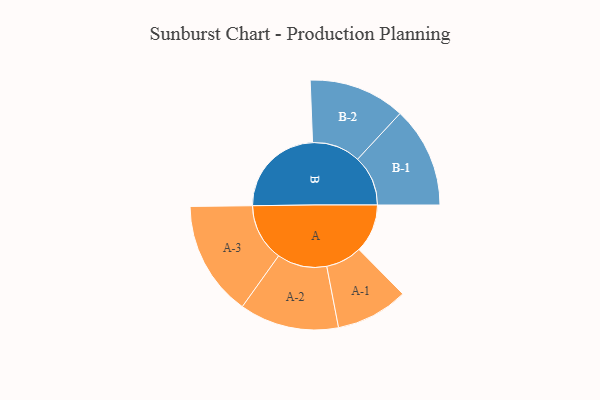
{"axis": {"x": "Segment", "y": "Value"}, "legend": ["", "A", "B"], "data": [{"x": "A", "y": 204, "type": ""}, {"x": "B", "y": 398, "type": ""}, {"x": "A-1", "y": 152, "type": "A"}, {"x": "A-2", "y": 209, "type": "A"}, {"x": "A-3", "y": 242, "type": "A"}, {"x": "B-1", "y": 212, "type": "B"}, {"x": "B-2", "y": 203, "type": "B"}]}